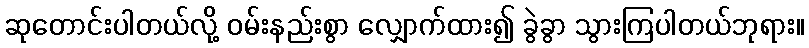
ဆုတောင်းပါတယ်လို့ ဝမ်းနည်းစွာ လျှောက်ထား၍ ခွဲခွာ သွားကြပါတယ်ဘုရား။